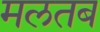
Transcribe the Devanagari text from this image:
मलतब